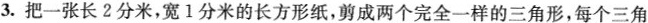
3.把一张长2分米，宽1分米的长方形纸，剪成两个完全一样的三角形，每个三角